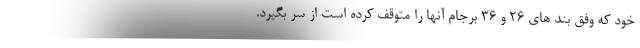
خود که وفق بند های ۲۶ و ۳۶ برجام آنها را متوقف کرده است از سر بگیرد.